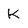
Character: K